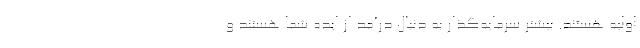
اولیه هستند. بیشتر سرمایه‌گذار به دنبال درآمد از ایده شما هستند و